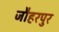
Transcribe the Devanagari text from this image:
जौहरपुर